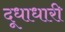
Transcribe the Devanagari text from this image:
दूधाधारी